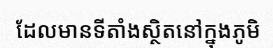
ដែលមានទីតាំងស្ថិតនៅក្នុងភូមិ